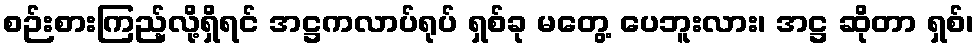
စဉ်းစားကြည့်လို့ရှိရင် အဋ္ဌကလာပ်ရုပ် ရှစ်ခု မတွေ့ ပေဘူးလား၊ အဋ္ဌ ဆိုတာ ရှစ်၊